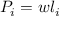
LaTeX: P _ { i } = w l _ { i }